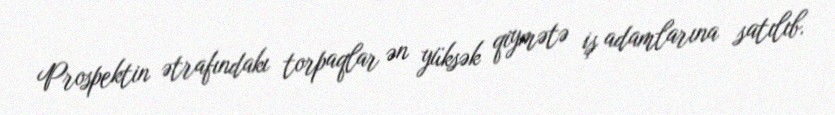
Prospektin ətrafındakı torpaqlar ən yüksək qiymətə iş adamlarına satılıb.